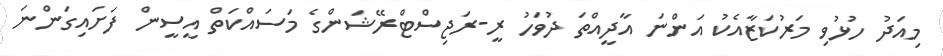
މިއަދު ހުޅުވި މަރުކަޒާއެކު އަންނަ އާދީއްތަ ދުވަހު ރީ-ރަޖިސްޓްރޭޝަންގެ މަސައްކަތް އީސީން ފަށައިގަންނަ